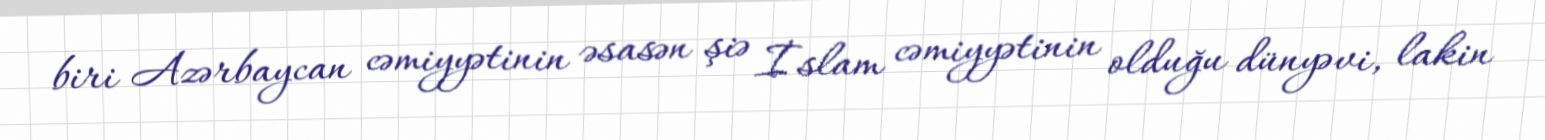
biri Azərbaycan cəmiyyətinin əsasən şiə İslam cəmiyyətinin olduğu dünyəvi, lakin